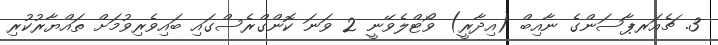
3. ޗެއަރޕާސަންގެ ނާއިބް (އިދާރީ) ވޯޓްލެވޭނީ 2 ވަނަ ކޮންގްރެސްގައި ބައިވެރިވުމަށް ތައްޔާރުކުރި